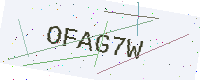
Text: OFAG7W